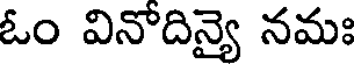
ఓం వినోదిన్యై నమః